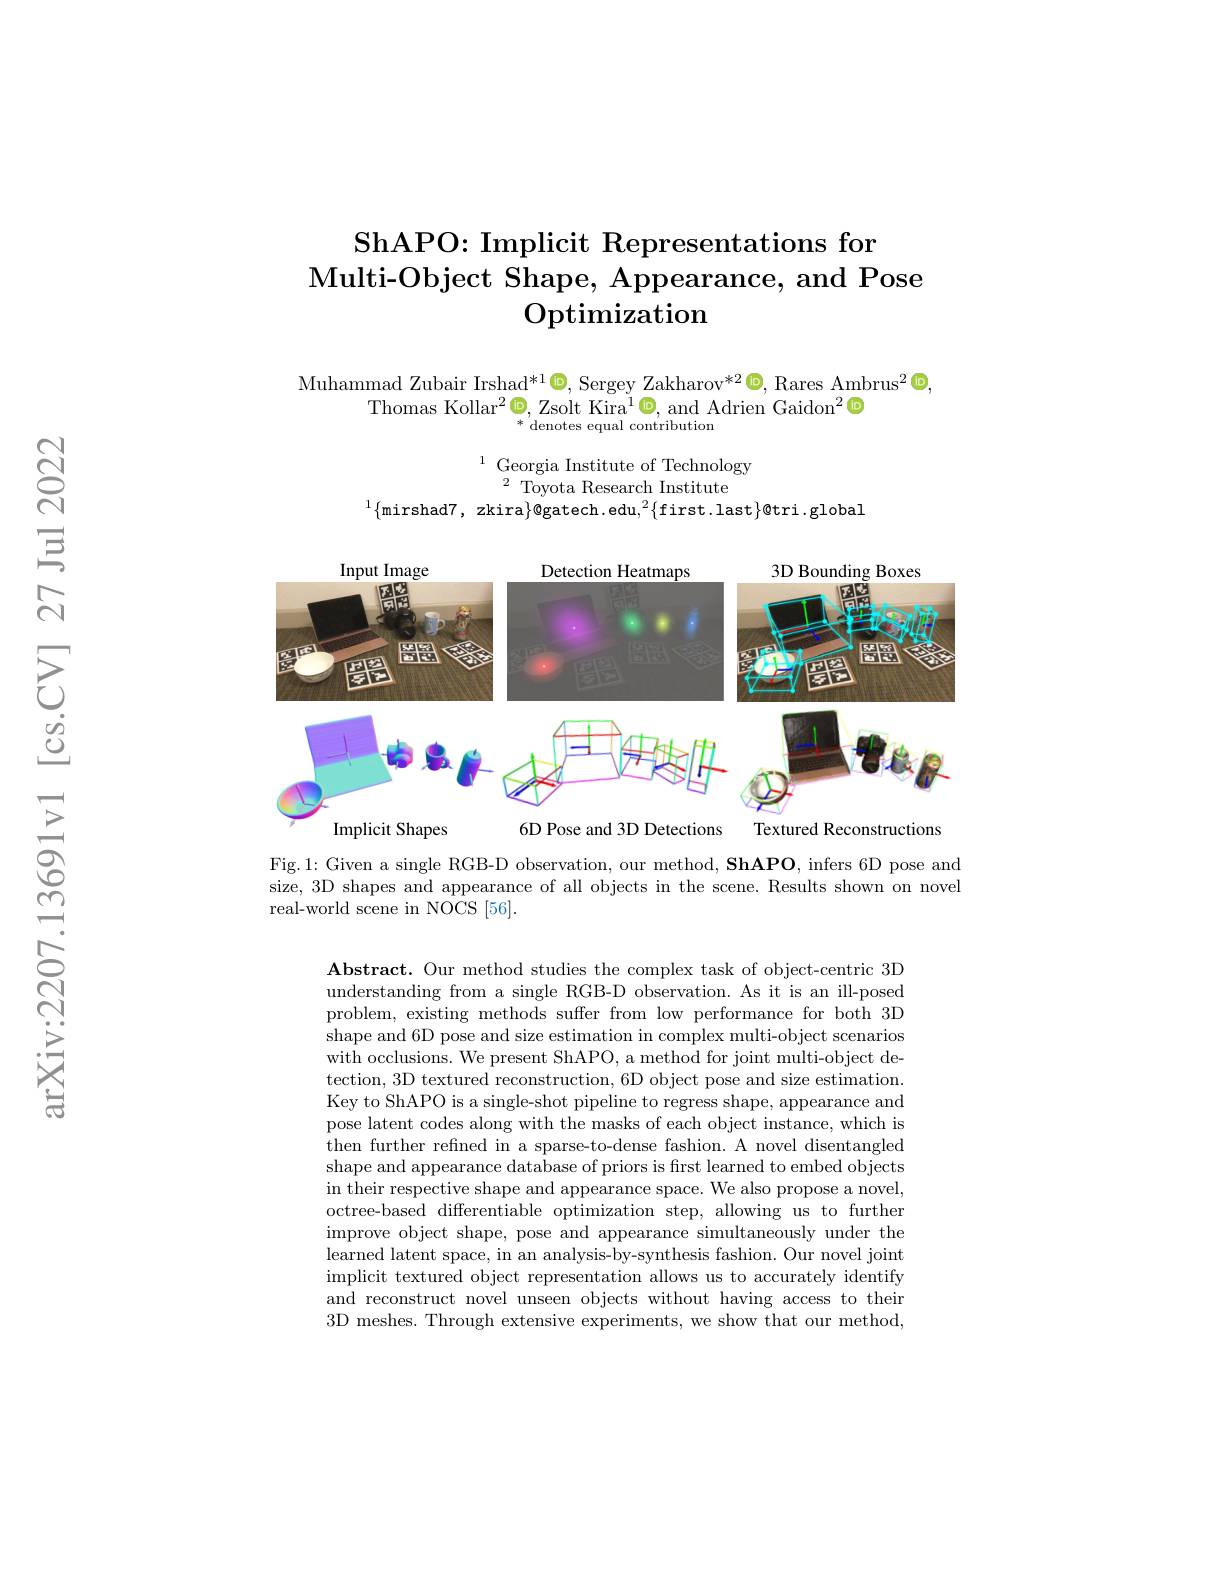
## ShAPO: Implicit Representations for Multi- Object Shape, Appearance, and Pose Optimization

Muhammad Zubair Irshad* 1$\textcircled {\mathrm{. } }$Sergey Zakharov$^*2\textcircled{\mathrm{.}}$,Rares Ambrus$^2\textcircled{\mathrm{.}}$,
Thomas Kollar$^2\textcircled{\mathrm{o}}$, Zsolt Kira$^1\textcircled{\mathrm{o}}$, and Adrien Gaidon$^2\textcircled{\mathrm{o}}$
$*{\mathrm{~denotes~equal~contribution}}$

$^{1}$ Georgia Institute of Technology
$^{2}$Toyota Research Institute
$^{1}\{$mirshad7, zkira$\}$@gatech.edu$,^2\{$first.last$\}$@tri.global

<FigureHere>

Implicit Shapes
6D Pose and 3D Detections
Textured Reconstructions

Fig.1: Given a single RGB-D observation, our method, ShAPO, infers 6D pose and size, 3D shapes and appearance of all objects in the scene. Results shown on novel real-world scene in NOCS [56].

Abstract. Our method studies the complex task of object-centric 3D understanding from a single RGB-D observation. As it is an ill-posed problem, existing methods suffer from low performance for both 3D shape and 6D pose and size estimation in complex multi-object scenarios with occlusions. We present ShAPO, a method for joint multi-object detection, 3D textured reconstruction, 6D object pose and size estimation. Key to ShAPO is a single-shot pipeline to regress shape, appearance and pose latent codes along with the masks of each object instance, which is then further refined in a sparse-to-dense fashion. A novel disentangled shape and appearance database of priors is first learned to embed objects in their respective shape and appearance space. We also propose a novel, octree-based differentiable optimization step, allowing us to further improve object shape, pose and appearance simultaneously under the learned latent space, in an analysis-by-synthesis fashion. Our novel joint implicit textured object representation allows us to accurately identify and reconstruct novel unseen objects without having access to their 3D meshes. Through extensive experiments, we show that our method,